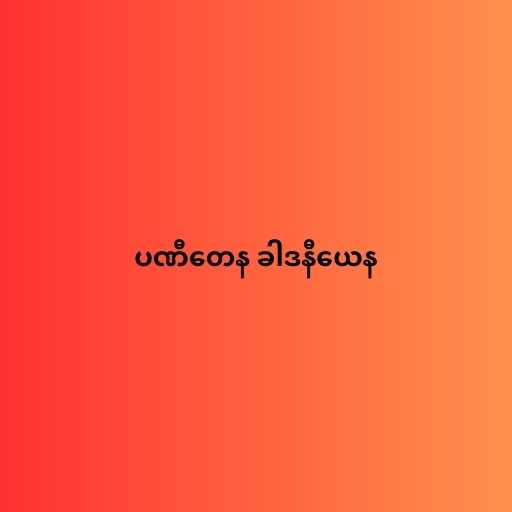
ပဏီတေန ခါဒနီယေန